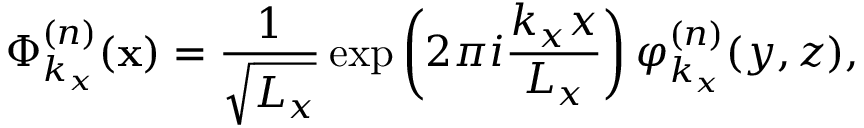
\boldsymbol { \Phi } _ { k _ { x } } ^ { ( n ) } ( \mathbf { x } ) = \frac { 1 } { \sqrt { L _ { x } } } \exp \left( 2 \pi i \frac { k _ { x } x } { L _ { x } } \right) \boldsymbol { \varphi } _ { k _ { x } } ^ { ( n ) } ( y , z ) ,